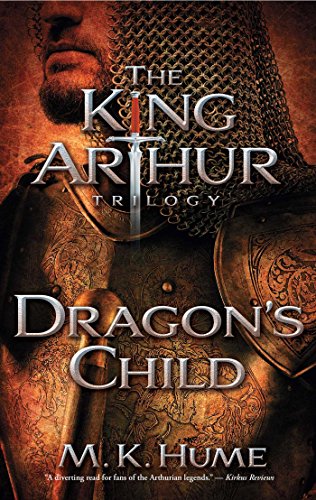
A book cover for The King Arthur Trilogy Book One: Dragon's Child; M. K. Hume; Science Fiction & Fantasy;